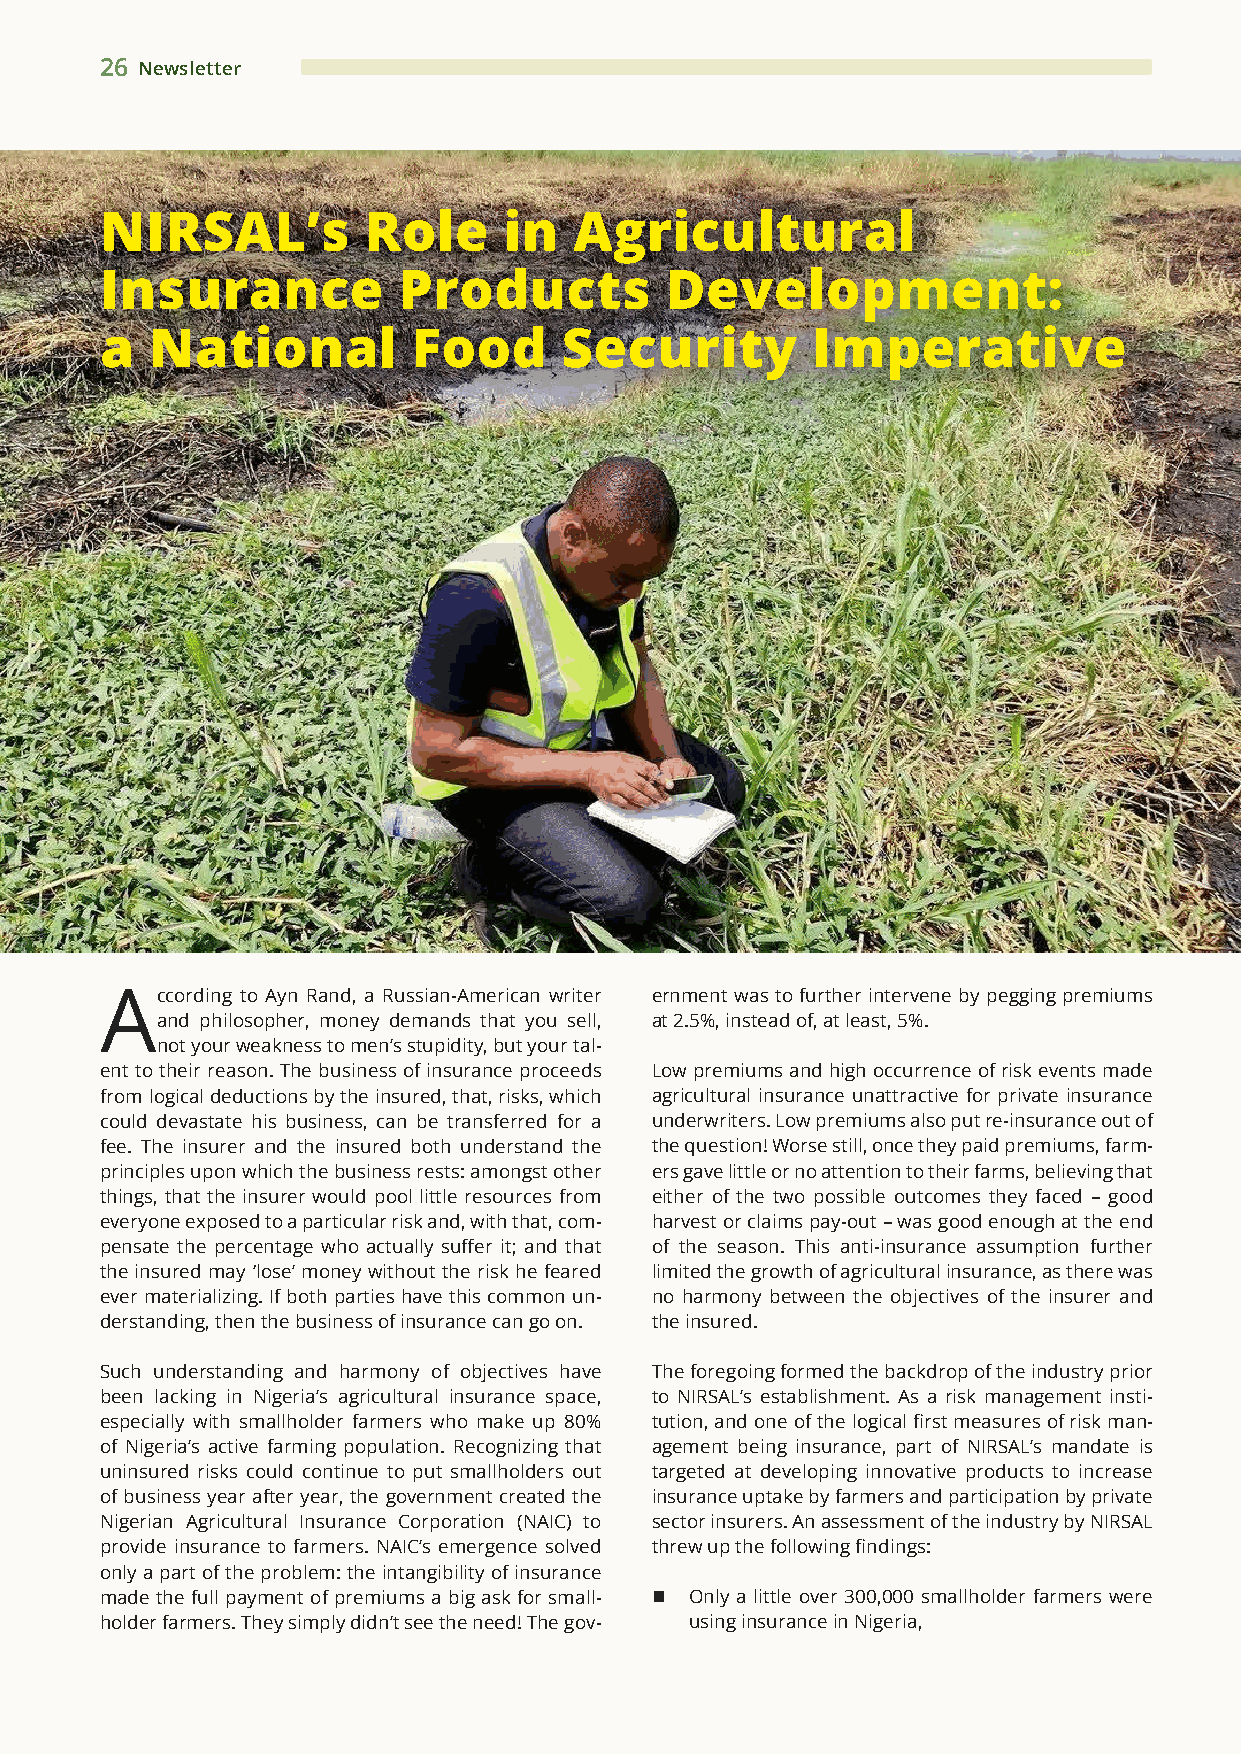
26 Newsletter
 NIRSAL’s         Role     in   Agricultural
 Insurance          Products          Development:
 a  National         Food      Security         Imperative
 According to Ayn Rand, a Russian-American writer ernment was to further intervene by pegging premiums
 and philosopher, money demands that you sell, at 2.5%, instead of, at least, 5%.
 not your weakness to men’s stupidity, but your tal-
 ent to their reason. The business of insurance proceeds Low premiums and high occurrence of risk events made
 from logical deductions by the insured, that, risks, which agricultural insurance unattractive for private insurance
 could devastate his business, can be transferred for a underwriters. Low premiums also put re-insurance out of
 fee. The insurer and the insured both understand the the question! Worse still, once they paid premiums, farm-
 principles upon which the business rests: amongst other ers gave little or no attention to their farms, believing that
 things, that the insurer would pool little resources from either of the two possible outcomes they faced – good
 everyone exposed to a particular risk and, with that, com- harvest or claims pay-out – was good enough at the end
 pensate the percentage who actually suffer it; and that of the season. This anti-insurance assumption further
 the insured may ‘lose’ money without the risk he feared limited the growth of agricultural insurance, as there was
 ever materializing. If both parties have this common un- no harmony between the objectives of the insurer and
 derstanding, then the business of insurance can go on. the insured.
 Such understanding and harmony of objectives have The foregoing formed the backdrop of the industry prior
 been lacking in Nigeria’s agricultural insurance space, to NIRSAL’s establishment. As a risk management insti-
 especially with smallholder farmers who make up 80% tution, and one of the logical first measures of risk man-
 of Nigeria’s active farming population. Recognizing that agement being insurance, part of NIRSAL’s mandate is
 uninsured risks could continue to put smallholders out targeted at developing innovative products to increase
 of business year after year, the government created the insurance uptake by farmers and participation by private
 Nigerian Agricultural Insurance Corporation (NAIC) to sector insurers. An assessment of the industry by NIRSAL
 provide insurance to farmers. NAIC’s emergence solved threw up the following findings:
 only a part of the problem: the intangibility of insurance
 made the full payment of premiums a big ask for small- n Only a little over 300,000 smallholder farmers were
 holder farmers. They simply didn’t see the need! The gov- using insurance in Nigeria,